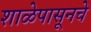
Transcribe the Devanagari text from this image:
शाळेपासूनचे